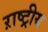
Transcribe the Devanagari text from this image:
ऱाष्ट्रीय